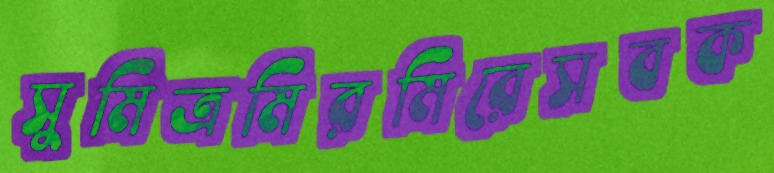
সুমিত্রমিরমিরেসবক